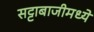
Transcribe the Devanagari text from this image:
सट्टाबाजीमध्ये